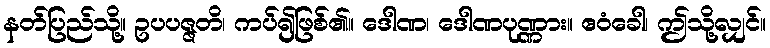
နတ်ပြည်သို့။ ဥပပဇ္ဇတိ၊ ကပ်၍ဖြစ်၏။ ဒေါဏ၊ ဒေါဏပုဏ္ဏား။ ဧဝံခေါ၊ ဤသို့လျှင်။